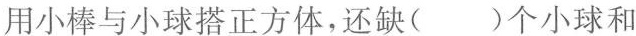
用小棒与小球搭正方体，还缺( )个小球和